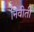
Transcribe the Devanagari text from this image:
निवीती